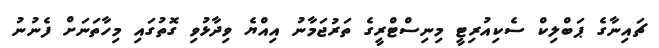
ޗައިނާގެ ޕަބްލިކް ސެކިއުރިޓީ މިނިސްޓްރީގެ ތަރުޖަމާނު އިއްޔެ ވިދާޅުވި ގޮތުގައި މިހާތަނަށް ފެނުނު